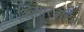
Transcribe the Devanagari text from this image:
क्लियरवॉटर